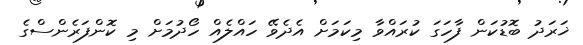
ޚަރަދު ބޮޑުކަން ފާހަގަ ކުރައްވާ މިކަމަށް އެދެވޭ ހައްލެއް ހޯދުމަށް މި ކޮންފަރެންސްގެ